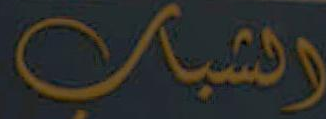
الشباب